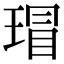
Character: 瑁